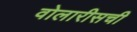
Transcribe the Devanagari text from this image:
वोलारीसची